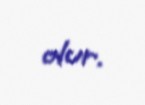
olur.